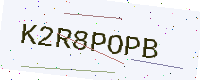
Text: K2R8POPB